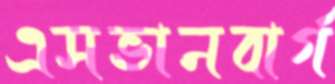
এসভানবার্গ